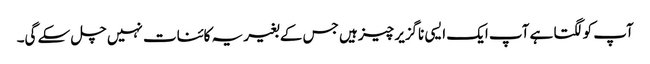
آپ کو لگتا ہے آپ ایک ایسی ناگزیر چیز ہیں جس کے بغیر یہ کائنات نہیں چل سکے گی۔